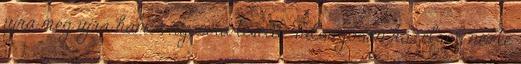
újra meg újra hamis nyomra tévedt. Túlságosan közelről nézte